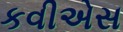
કવીએસ